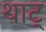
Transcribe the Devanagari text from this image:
थाट्